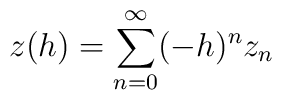
z(h)=\sum_{n=0}^{\infty}(-h)^{n}z_{n}